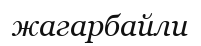
жагарбайли